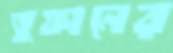
তুফানের